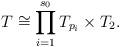
LaTeX: \begin{align*}T\cong \prod_{i=1}^{s_0}T_{p_i}\times T_2.\end{align*}